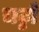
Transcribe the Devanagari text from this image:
चट्टों